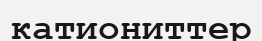
катиониттер